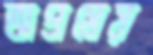
অপ্রমেয়